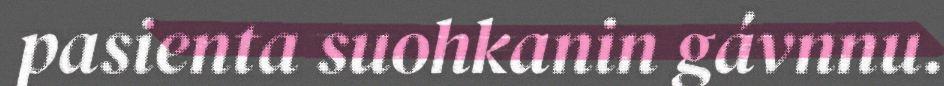
pasienta suohkanin gávnnu.